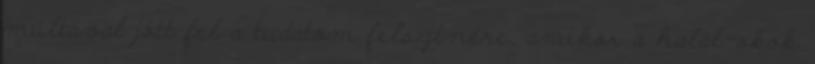
múltával jött fel a tudatom felszínére, amikor a halál-okok